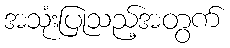
အသုံးပြုသည့်အတွက်